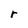
Character: r